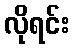
လိုရင်း